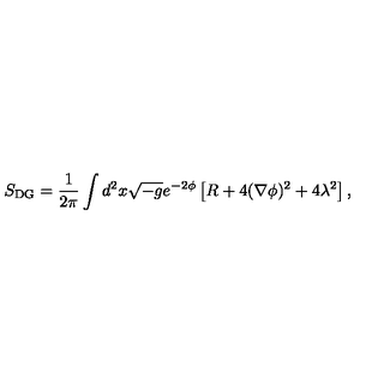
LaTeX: S _ { \mathrm { { D G } } } = \frac { 1 } { 2 \pi } \int \/ d ^ { 2 } x \sqrt { - g } e ^ { - 2 \phi } \left[ R + 4 ( \nabla \phi ) ^ { 2 } + 4 \lambda ^ { 2 } \right] ,